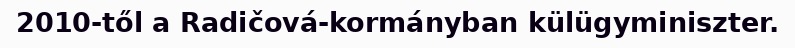
2010-től a Radičová-kormányban külügyminiszter.